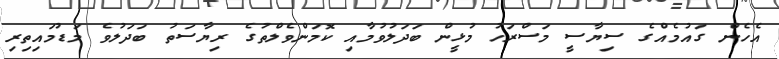
އެހެން ގައުމެއްގެ ސިޔާސީ މަސްރަހު މުޅީން ބަދަލުވުމާއި ކޮމަންވެލްތުގެ ރިޔާސަތު ބަދަލުވެ މަޑުމައިތިރި